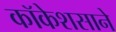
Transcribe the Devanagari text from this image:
कॉकेशसाने